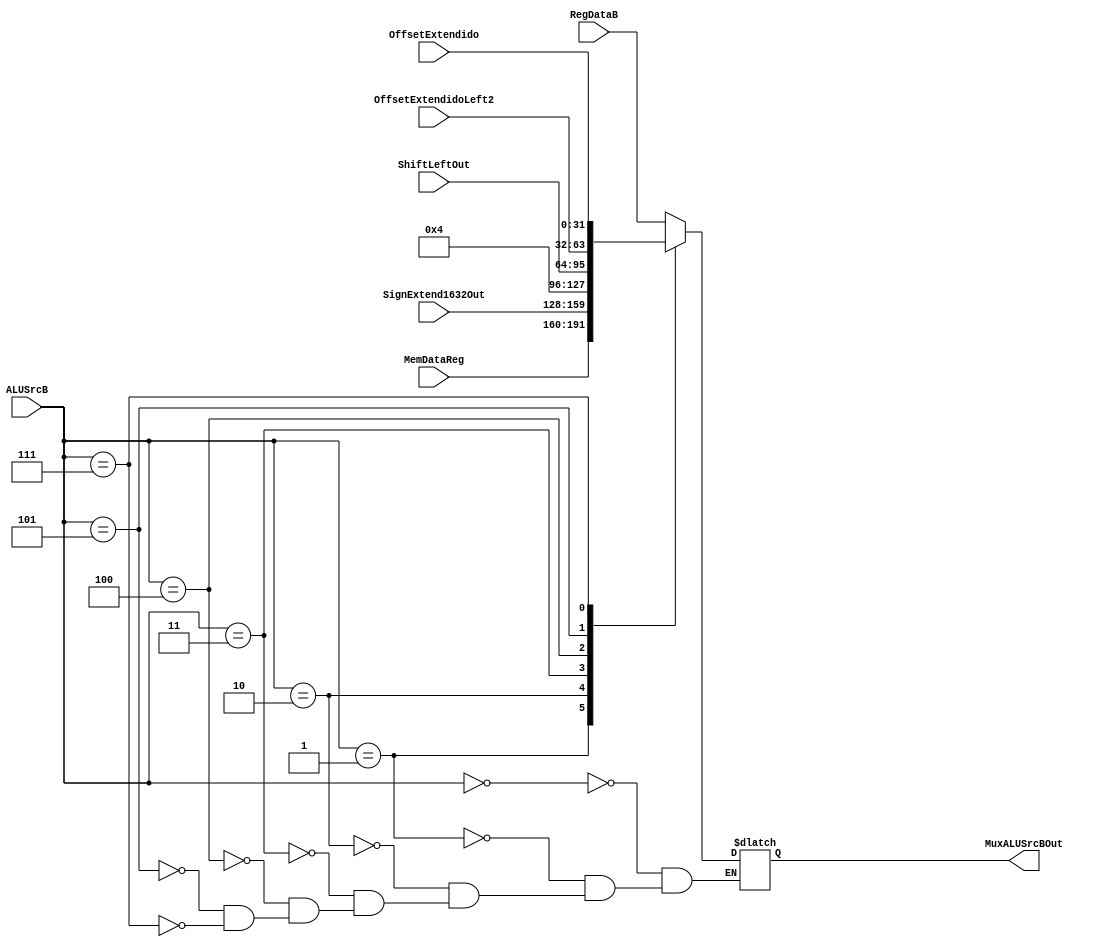
module MuxALUSrcB (
    input wire[31:0] RegDataB,
    input wire[31:0] MemDataReg,
    input wire[31:0] SignExtend1632Out,
    input wire[31:0] ShiftLeftOut,
	input wire[31:0] OffsetExtendidoLeft2,
	input wire[31:0] OffsetExtendido,
    input wire[2:0] ALUSrcB,
	output reg[31:0] MuxALUSrcBOut
);
always @(*) begin
	case(ALUSrcB)
		3'b000:
			MuxALUSrcBOut <= RegDataB;
		3'b001:
			MuxALUSrcBOut <= MemDataReg;
        3'b010:
			MuxALUSrcBOut <= SignExtend1632Out;
		3'b011:
			MuxALUSrcBOut <= 32'd4;
        3'b100:
			MuxALUSrcBOut <= ShiftLeftOut;
        3'b101:
			MuxALUSrcBOut <= OffsetExtendidoLeft2;
        3'b111:
			MuxALUSrcBOut <= OffsetExtendido;
	endcase
end
endmodule